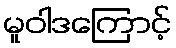
မူဝါဒကြောင့်